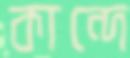
কান্দে